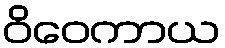
ဝိဝေကာယ